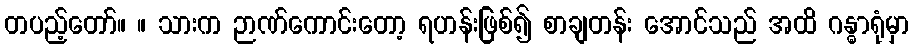
တပည့်တော်။ ။ သားက ဉာဏ်ကောင်းတော့ ရဟန်းဖြစ်၍ စာချတန်း အောင်သည် အထိ ဂန္ဓာရုံမှာ